Lunatic asylums Madras 1892-1911 - 1892-1911
Year: 1892
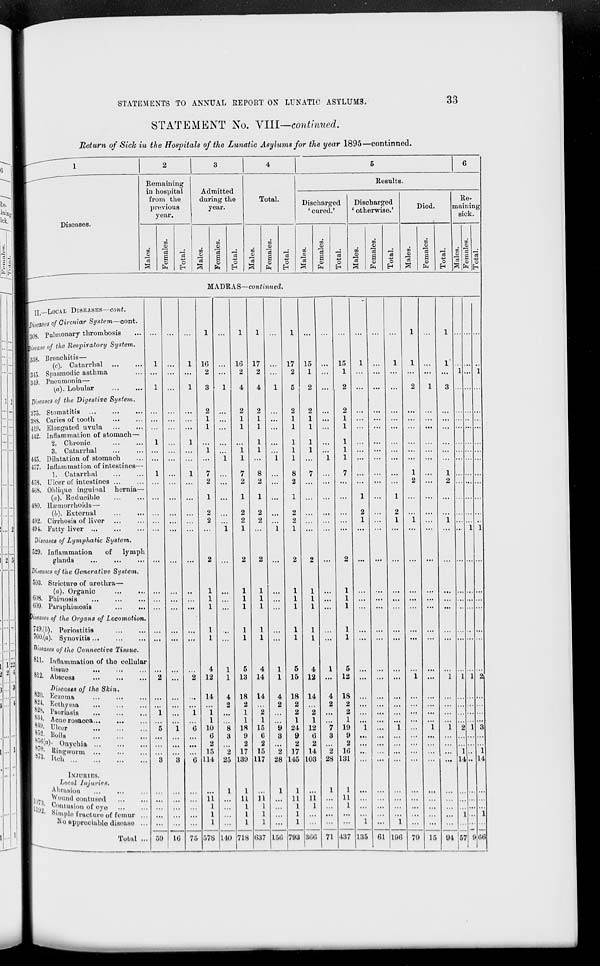
STATEMENTS TO ANNUAL EEPORT ON LUNATIC ASYLUMS.
33
STATEMENT No. VIII—continued.
Return of Sick in the Hospitals of the Lunatic Asylums for the year 1895—continued.
Diseases.
Remaining
in hospital
from the
previous
year.
Admitted
during the
year.
03
3
00
o5
o>
01
c3
o
13
c3
E
A
6
J°
o
«
to
H
rt
to
o
H
Total.
Results.
Discharged
' cured.'
oo
00
00
01
©
03
a o3 01 «3
a
01
to
o
EH
01
to
-
-t-<
Discharged
' otherwise.'
00
00
01
a
o>
to
O
Died.
Re-
maining
sick.
00
a
00
00
o
0)
03
03.
a o3 "5 a
0>
O
o
PH
H » fe
o
MADRAS—continued.
315.
319.
375.
388.
1410.
-112.
155.
457.
458.
468,
[ISO.
192.
1491.
II.—LOCAL DISEASES—cont.
\pifcases of Circular System—cont.
Pulmonary thrombosis
Hsease of the Respirator]) System.
(338. Bronchitis—
(c). Catarrh al
Spasmodic asthma
Pneumonia—
(a). Lobular
i diseases of the Digestive System.
Stomatitis
Caries of tooth
Elongated uvula
Inflammation of stomach—
2. Chronic
3. Catarrhal
Dilatation of stomach
Inflammation of intestines—
1. Catarrhal
Ulcer of intestines ...
Oblique inguinal hernia-
(«). Reducible
...
.
Ltirmorrhoids—
(b). External
Cirrhosis of liver
Fatty liver
Diseases of Lymphatic System.
1529. Inflammation
of
lymph
glands
I Diseases of the Generative System.
1593. Stricture of urethx-a—
(a). Organic
108. Phimosis
Paruphitnosis
...
...
yiteam of the Organs of Locomotion.
l®ty)< Periostitis
760.(a). Synovitis
DiseuM of the Connective Tissue.
HI. Inflammation of the cellular
tissue
Abscosa
...
...
812.
820.
824,
82S.
B34.
810.
852,
858(a)
s 7".
878.
1073.
11193,
DizeaQtS of the Skin.
Eozetaa
Eothyma
Psoriasis
Aonorosacoa
Ulcer
Boils
Onychia
Ringworm
Heh
INJDBIBS.
Local Injuries.
Abrasion
Wound contused
OoatoiioQ of eye
Blmple fracture of femur
No appreciable disease
Total
59 10
16
2
75
4
12
14
i
1
10
6
2
15
111
11
1
1
1
578
25
16
2
140
5
13
18
2
1
1
18
9
2
17
131)
1
11
1
1
1
718
17
2
4
14
14
2
1
15
6
2
15
117
n
1
1
1
637
3
2
28
17
2
2
1
1
1
1
1
8
2
156
15
1
1
1
1
1
5
4
15 12
18 14
2
2
2
1
1
24 12
9
6
2
2
17 14
145 103
1
11 ii
1
I
1
1 ...
793 366
7
3
2
28
15
1
71
5
12
18
2
2
1
19
9
2
16
131
1
11
1
437 135 61 196 79 15
1..
14..
&
94 57
1
14
66